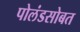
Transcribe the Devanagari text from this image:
पोलंडसोबत